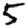
Digit: 5